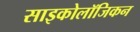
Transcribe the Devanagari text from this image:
साइकोलॉजिकन